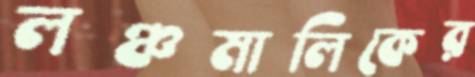
লঞ্চমালিকের